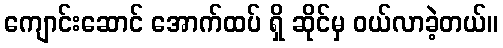
ကျောင်းဆောင် အောက်ထပ် ရှိ ဆိုင်မှ ဝယ်လာခဲ့တယ်။